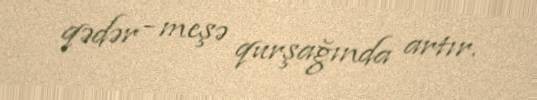
qədər - meşə qurşağında artır.